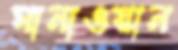
মানাওয়ান